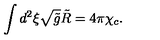
\int { d ^ { 2 } } \xi \sqrt { \tilde { g } } \tilde { R } = 4 \pi { \chi _ { c } } .